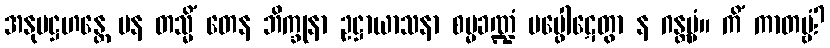
အနုပဋ္ဌဟန္တေ ပန တသ္မိံ တေန ဘိက္ခုနာ ဥဋ္ဌာယာသနာ စမ္မခဏ္ဍံ ပပ္ဖေါဋေတွာ န ဂန္တဗ္ဗံ။ ကိံ ကာတဗ္ဗံ?